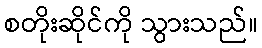
စတိုးဆိုင်ကို သွားသည်။